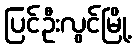
ပြင်ဦးလွင်မြို့